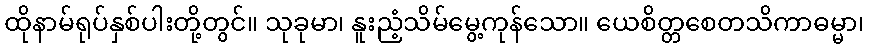
ထိုနာမ်ရုပ်နှစ်ပါးတို့တွင်။ သုခုမာ၊ နူးညံ့သိမ်မွေ့ကုန်သော။ ယေစိတ္တစေတသိကာဓမ္မာ၊